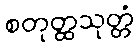
စတုတ္ထသုတ္တံ